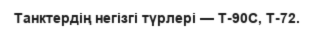
Танктердің негізгі түрлері — Т-90С, Т-72.